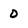
Character: 0